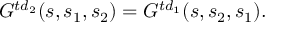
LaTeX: { \cal G } ^ { t d _ { 2 } } ( s , s _ { 1 } , s _ { 2 } ) = { \cal G } ^ { t d _ { 1 } } ( s , s _ { 2 } , s _ { 1 } ) .